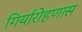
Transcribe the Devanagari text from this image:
गिर्यारोहणास